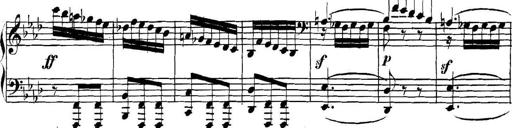
Title: Collected Piano Sonatas
Composer: Muzio Clementi